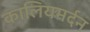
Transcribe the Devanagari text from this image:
कालियमर्दन